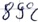
Text: 89°C